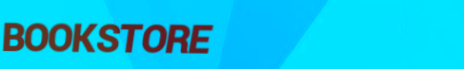
BOOKSTORE